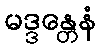
မဒ္ဒန္တေနံ